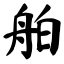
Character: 舶